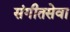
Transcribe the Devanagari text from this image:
संगीतसेवा